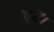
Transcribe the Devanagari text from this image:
छूटें।